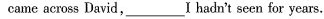
cameacross David,_I hadn't seen for years.